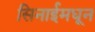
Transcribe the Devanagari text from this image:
सिनाईमधून